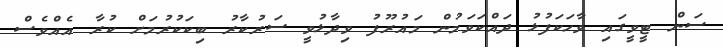
ސަން ޓީވީގައި ވާހަކަފުޅު ދައްކަވަމުން މައުރޫފު ވިދާޅުވީ ސަރުކާރު ބިކަކުރުމަށް ކުރާ އެއްވެސް